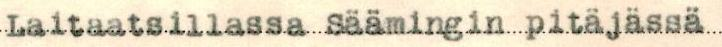
Laitaatsillassa Säämingin pitäjässä